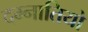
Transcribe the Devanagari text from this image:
दम्नातियो